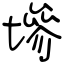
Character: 墋